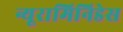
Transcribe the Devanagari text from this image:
न्यूरामिनिडेस